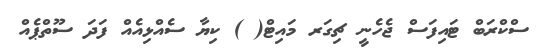
ސްކްރަބް ޓައިފަސް ޖެހެނީ ޗިގަރ މައިޓް( ) ކިޔާ ސެއްޅިއެއް ފަދަ ސޫތްޕެއް